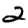
Digit: 2